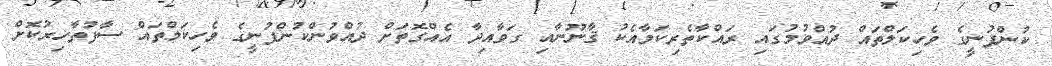
ކުންފުނީގެ ވެހިކަލްތައް ދުއްވުމުގައި ރައްކާތެރިކަމާއެކު ޤާނޫނާއި ގަވާއިދާ އެއްގޮތަށް ދުއްވުންކުންފުނީގެ ވެހިކަލްތައް ސާފުތާހިރުކޮށް